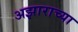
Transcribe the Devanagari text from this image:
अझाराच्या